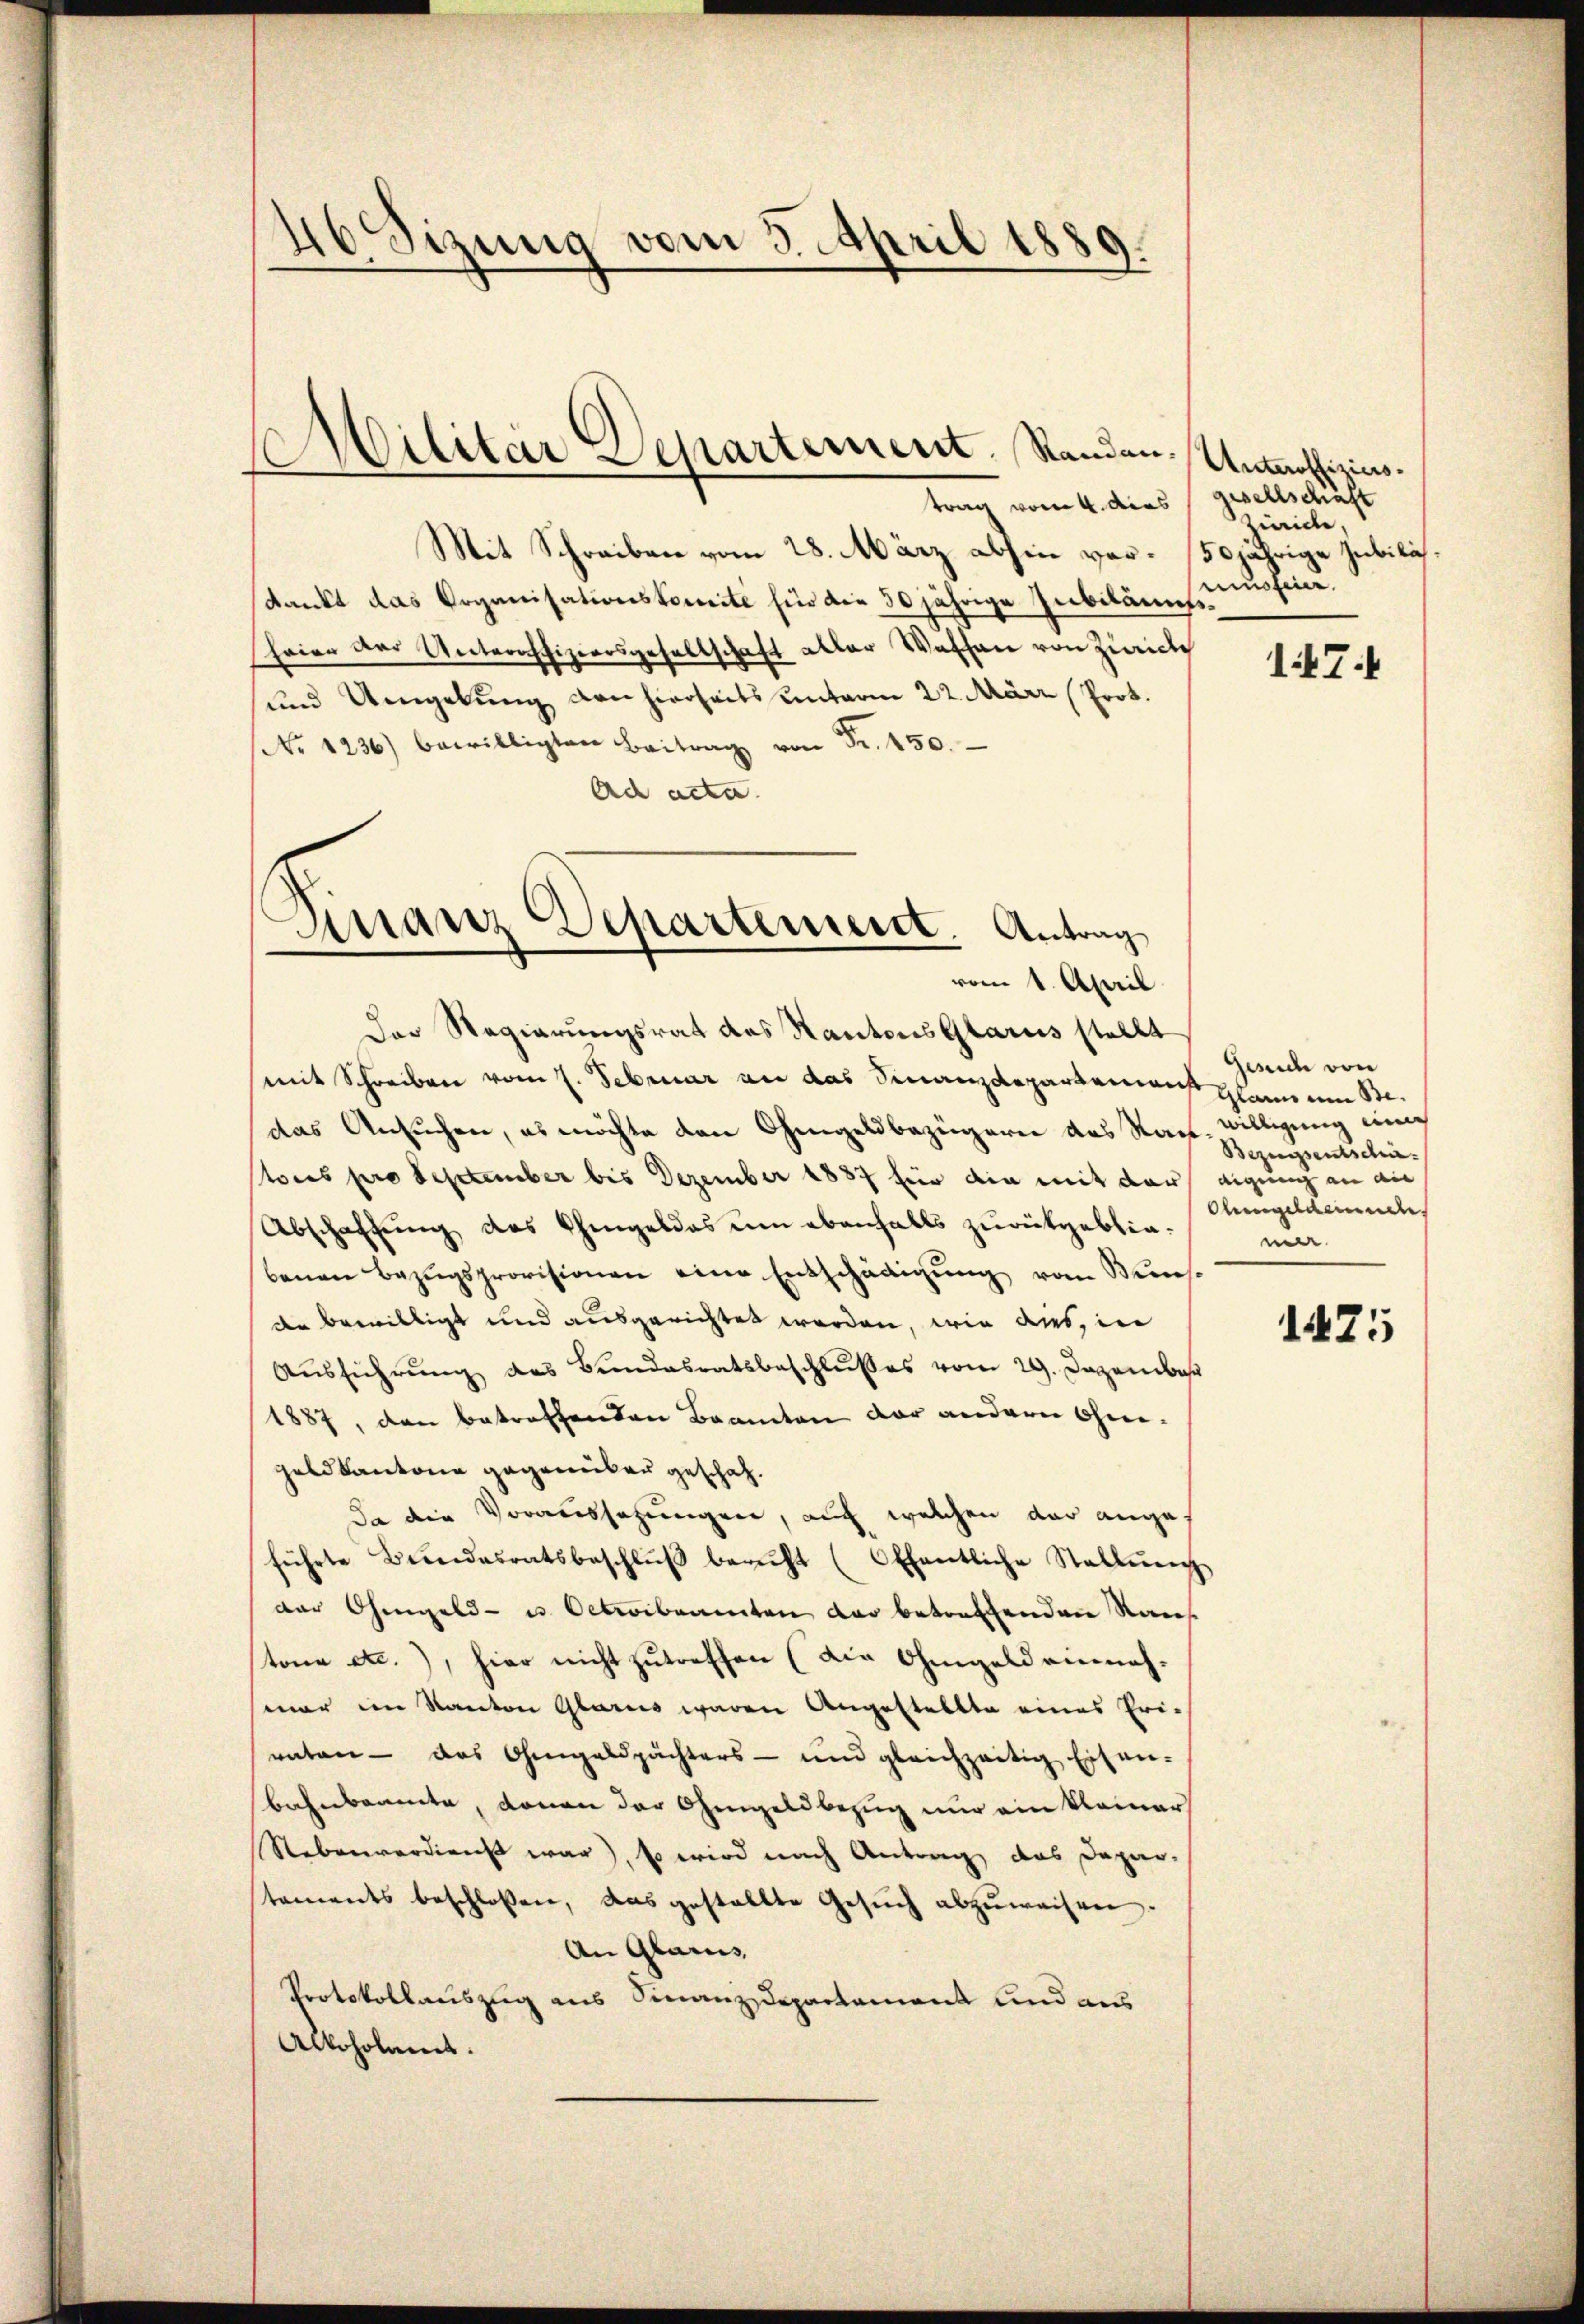
46 Sizung vom 3. April 1889.

trag vom 4. dies
Mit Schreiben vom 28. März abhin vor 50jährige Jubilähdankt das Organisationskomite für die 30 jährige Jubiläums-
heier der Unteroffiziersgesellschaft aller Waschen von Zürich
und Umgebung von hierseits unterm 22. März (Prot.
No 1236) bewilligten Beitrag von Fr. 450.
Ad acta

Militär Departement. Standen.

Finanz Departement. Antrag
vom 1. April

Der Regierungsrat des Kantons Glarus stellt
mit Schreiben vom 7. Februar an das Finanzdepartement plain um Bedas Ansuchen, es möchte den Ohmgeldbezügern des Nach-willigung in
tores pro September bis Dezember 1887 für die mit der eigung an ain
Abschaftung des Chingeldes um ebenfalls zurückgeblinbenen Bezugsprovisionen eine Entschädigung vom Kunst
der bewilligt und ausgerichtet werden, wie dies, in
Aŭsführŭng des Bŭndesratsbeschlŭsses vom 29. Dezembe
1887, den betreffenden Beamten der andern ohne¬
Geldkantone gegenüber geschah.
da die Voraussetzungen, auf welchen der angeführte Bundesratsbeschlŭβ beruht (Offentliche Stallung
der Ohmgeld- u. Octroibeamten der betreffenden Raus
tone etc.), hier nicht zutreffen (die Ohmgeld einnahmar im Kanton Glarus waren Angestellte eines Erivaten - das Ohmgeldpächters- und gleichzeitig Eisen-
Bahnbaute, donan der Chingeld bezug nur ein kleiner
Nebenverdienst war), so wird nach Antrag das Depar-
staments beschlossen, das gestellte Gesŭch abzuweisen.
An Glau
Protokollauszug aus Finanzdepartament und aus
Alkoholamt.

Unteroffiziers.
gesellschaft
waide,
müsfeier.

17

Gesuch von
Bezugsentschie-
Obergeldernde
mer.

1475